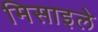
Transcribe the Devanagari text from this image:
मिसाइले